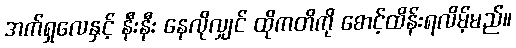
အက်ရှလေနှင့် နီးနီး နေလိုလျှင် ထိုကတိကို စောင့်ထိန်းရလိမ့်မည်။